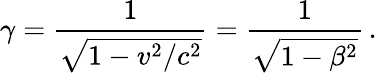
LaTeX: \gamma=\frac{1}{\sqrt{1-v^{2}/c^{2}}}=\frac{1}{\sqrt{1-\beta^{2}}}\, .